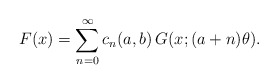
\begin{align*}F(x) = \sum_{n=0}^\infty c_n(a,b)\, G(x;(a+n)\theta).\end{align*}